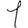
Digit: 1